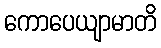
ကောပေယျာမာတိ